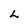
Character: L